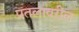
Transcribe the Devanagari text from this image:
प्रतलावरील